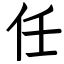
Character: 任